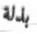
بذلة